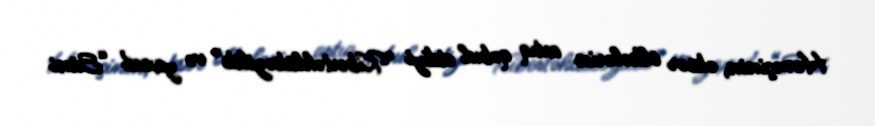
Həmçinin, əksər ölkələrin artıq qəbul etdiyi “Kibertəhlükəzilik” və yaxud “Süni